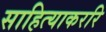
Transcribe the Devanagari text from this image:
साहित्याकररि